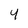
Character: 4